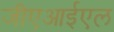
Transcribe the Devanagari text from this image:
जीएआईएल